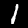
Digit: 1